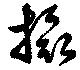
摂